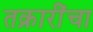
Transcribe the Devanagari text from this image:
तक्रारींचा